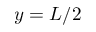
y = L / 2